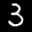
Label: 3